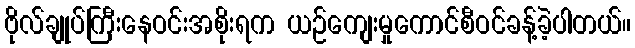
ဗိုလ်ချုပ်ကြီးနေဝင်းအစိုးရက ယဉ်ကျေးမှုကောင်စီဝင်ခန့်ခဲ့ပါတယ်။